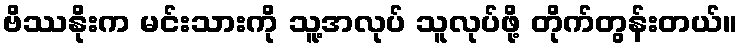
ဗိဿနိုးက မင်းသားကို သူ့အလုပ် သူလုပ်ဖို့ တိုက်တွန်းတယ်။